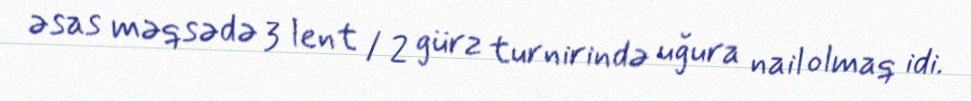
əsas məqsədə 3 lent / 2 gürz turnirində uğura nail olmaq idi.